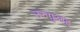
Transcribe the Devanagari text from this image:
उरुगुआइ